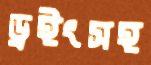
ড্রইংসহ